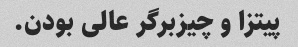
پیتزا و چیزبرگر عالی بودن.